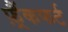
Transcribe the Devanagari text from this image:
फ़्रैंकफर्ट